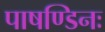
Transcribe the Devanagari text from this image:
पाषण्डिनः